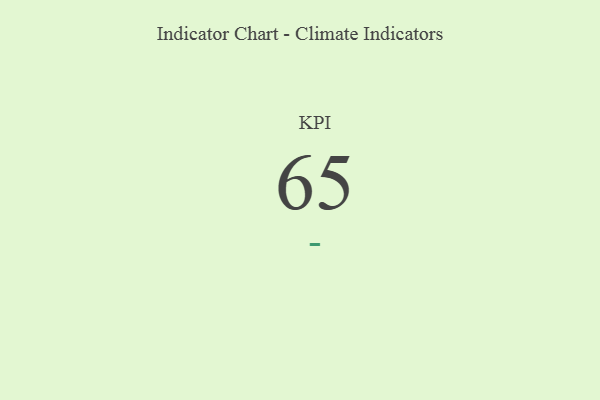
{"axis": {"x": "KPI", "y": "Value"}, "legend": [""], "data": [{"x": "KPI", "y": 65, "type": ""}]}